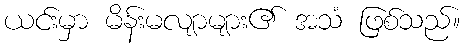
ယင်းမှာ မိန်းမလျာများ၏ အသံ ဖြစ်သည်။